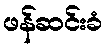
ဖန်ဆင်းခံ